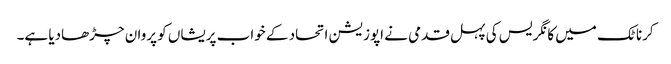
کرناٹک میں کانگریس کی پہل قدمی نے اپوزیشن اتحاد کے خواب پریشاں کو پروان چڑھادیا ہے۔